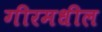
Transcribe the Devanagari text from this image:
गीरमधील